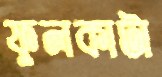
ফুলকাটা